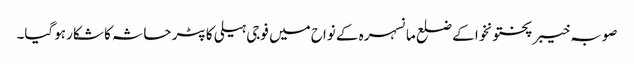
صوبہ خیبر پختونخوا کے ضلع مانسہرہ کے نواح میں فوجی ہیلی کاپٹر حاثہ کا شکار ہوگیا۔